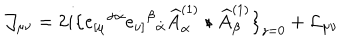
LaTeX: \mathcal { J } _ { \mu \nu } = 2 i \big \{ e _ { [ \mu } { } ^ { \alpha \dot { \alpha } } e _ { \nu ] } { } ^ { \beta } { } _ { \dot { \alpha } } \widehat A _ { \alpha } ^ { ( 1 ) } \star \widehat A _ { \beta } ^ { ( 1 ) } \big \} _ { z = 0 } + \mathcal { L } _ { \mu \nu }